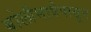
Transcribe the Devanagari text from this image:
बोलीभाषेपासून